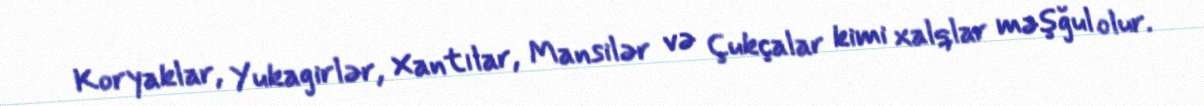
Koryaklar, Yukagirlər, Xantılar, Mansilər və Çukçalar kimi xalqlar məşğul olur.